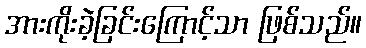
အားကိုးခဲ့ခြင်းကြောင့်သာ ဖြစ်သည်။